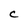
Character: C